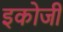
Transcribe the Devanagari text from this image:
इकोजी